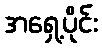
အရှေ့ပိုင်း